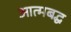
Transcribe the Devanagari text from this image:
आत्मबद्ध